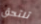
تلتحق